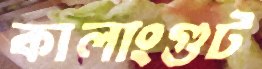
কালাংগুট